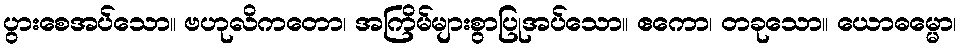
ပွားစေအပ်သော။ ဗဟုလိကတော၊ အကြိမ်များစွာပြုအပ်သော။ ဧကော၊ တခုသော။ ယောဓမ္မော၊